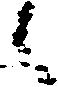
候